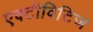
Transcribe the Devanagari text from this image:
एक्टीविटिज